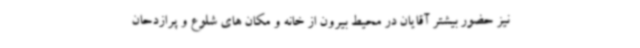
نیز حضور بیشتر آقایان در محیط بیرون از خانه و مکان های شلوع و پرازدحان